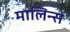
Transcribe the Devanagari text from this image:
मालिन्स